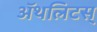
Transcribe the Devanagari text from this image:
ॲथलिटस्